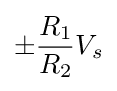
\pm {\frac {R_{1}}{R_{2}}}V_{s}